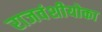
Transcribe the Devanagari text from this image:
राजवंशीयोका